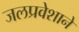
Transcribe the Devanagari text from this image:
जलप्रवेशाने